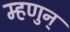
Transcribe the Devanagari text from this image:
म्हणुन्